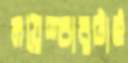
ময়েশ্চারটাই